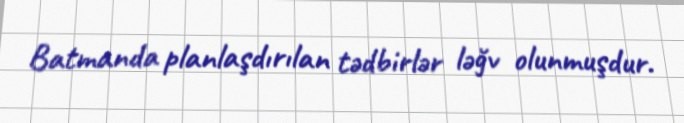
Batmanda planlaşdırılan tədbirlər ləğv olunmuşdur.